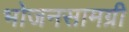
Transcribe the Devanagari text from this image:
भोजनसामग्री